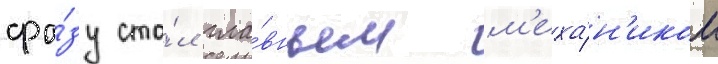
сра́зу ста́л гла́вным м'еха́н'иком